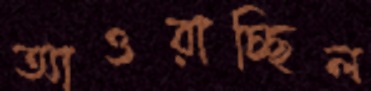
আওরাচ্ছিল